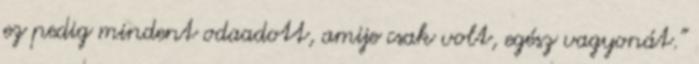
ez pedig mindent odaadott, amije csak volt, egész vagyonát.”